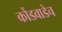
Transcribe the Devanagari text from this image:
कोंडवाडेच